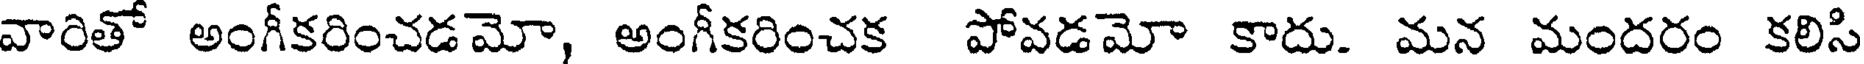
వారితో అంగీకరించడమో, అంగీకరించక పోవడమో కాదు. మన మందరం కలిసి